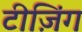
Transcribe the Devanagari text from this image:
टीज़िंग